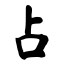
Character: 占